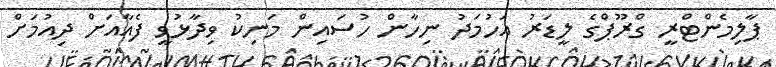
ޕާލިމެންޓްރީ ގްރޫޕްގެ ލީޑަރު އަހުމަދު ނިހާން ހުސައިން މަނިކު ވިދާޅުވީ ފެއާއަށް ދިއުމަށް